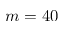
m = 4 0